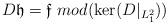
LaTeX: \begin{align*}D\mathfrak{h}=\mathfrak{f}\mbox{ }mod(\ker(D|_{L^2_1}))\end{align*}